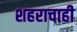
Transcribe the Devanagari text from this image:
शहराचाही